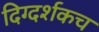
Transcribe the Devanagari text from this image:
दिग्दर्शकच